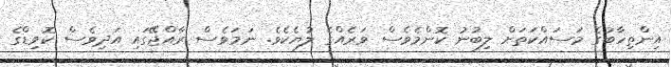
އިންތިހާބުގެ މަސައްކަތަށް ލިބުނު ކޮންމެވެސް ވަރެއްގެ ލުޔެކެވެ. ނަމަވެސް ރާއްޖޭގައި އަދިވެސް ކޮވިޑްގެ